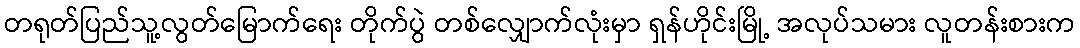
တရုတ်ပြည်သူ့လွတ်မြောက်ရေး တိုက်ပွဲ တစ်လျှောက်လုံးမှာ ရှန်ဟိုင်းမြို့ အလုပ်သမား လူတန်းစားက